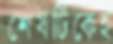
শেষটিকেই